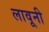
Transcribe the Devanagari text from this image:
लावूनी